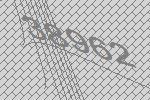
38962